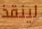
لينقذ